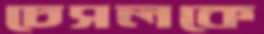
চেসলকে